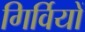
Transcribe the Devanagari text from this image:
गिर्वियों